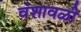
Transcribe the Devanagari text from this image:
वंशावळी